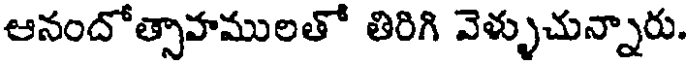
ఆనందోత్సాహములతో తిరిగి వెళ్ళుచున్నారు.